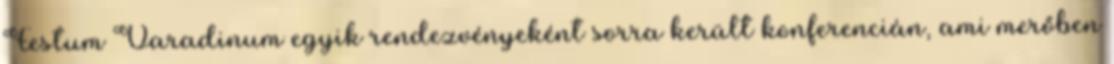
Festum Varadinum egyik rendezvényeként sorra került konferencián, ami merőben